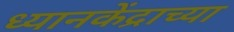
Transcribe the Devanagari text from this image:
ध्यानकेंद्राच्या